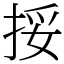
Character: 挼